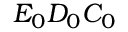
E _ { 0 } D _ { 0 } C _ { 0 }